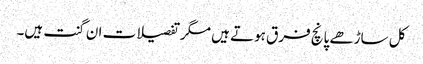
کل ساڑھے پانچ فرق ہوتے ہیں مگر تفصیلات ان گنت ہیں۔